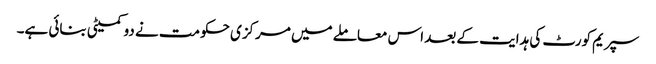
سپریم کورٹ کی ہدایت کے بعد اس معاملے میں مرکزی حکومت نے دو کمیٹی بنائی ہے۔